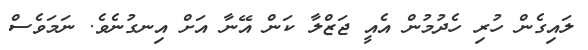
ލައިގެން ހުރި ހެދުމުން އެއީ ޖަޒްލާ ކަން އޭނާ އަށް އިނގުނެވެ. ނަމަވެސް